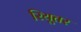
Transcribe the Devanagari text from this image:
रियूतर